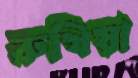
রুখিয়া